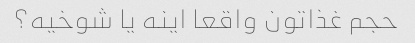
حجم غذاتون واقعا اینه یا شوخیه؟